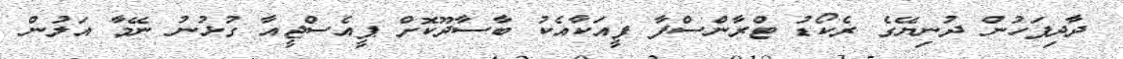
ދާދިފަހުން ދުނިޔޭގެ ރެކޯޑު ޓްރާންސްފާ ފީއަކާއެކު ބާސާދޫކޮށް ޕީއެސްޖީއާ ގުޅުނު ނޭމާ އަލުން